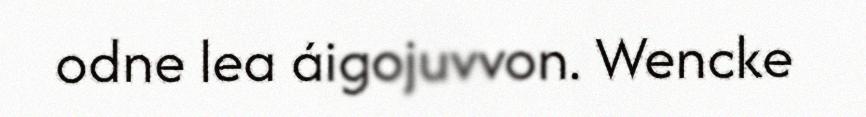
odne lea áigojuvvon. Wencke